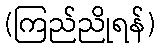
(ကြည်ညိုရန်)